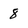
Character: 8